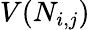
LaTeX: V(N_{i,j})